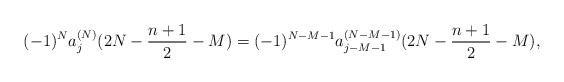
\begin{align*} (-1)^Na_j^{(N)}(2N-\frac{n+1}{2}-M) =(-1)^{N-M-1}a_{j-M-1}^{(N-M-1)}(2N-\frac{n+1}{2}-M), \end{align*}